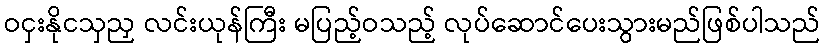
ဝငှးနိုငသှညှ လင်းယုန်ကြီး မပြည့်ဝသည့် လုပ်ဆောင်ပေးသွားမည်ဖြစ်ပါသည်